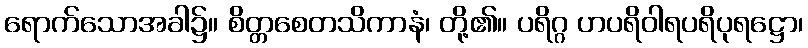
ရောက်သောအခါ၌။ စိတ္တစေတသိကာနံ၊ တို့၏။ ပရိဂ္ဂ ဟပရိဝါရပရိပုရဋ္ဌော၊